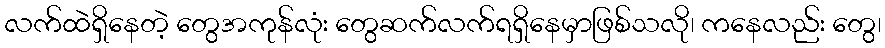
လက်ထဲရှိနေတဲ့ တွေအကုန်လုံး တွေဆက်လက်ရရှိနေမှာဖြစ်သလို၊ ကနေလည်း တွေ၊